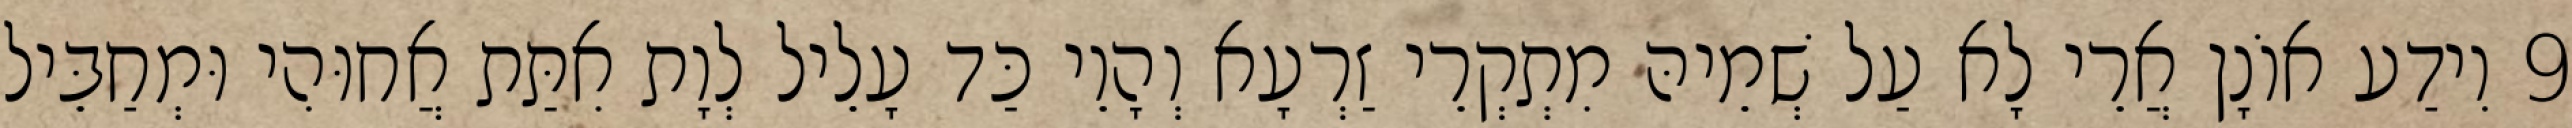
9 וִידַע אוֹנָן אֲרֵי לָא עַל שְׁמֵיהּ מִתְקְרֵי זַרְעָא וְהָוֵי כַּד עָלֵיל לְוָת אִתַּת אֲחוּהִי וּמְחַבֵּיל